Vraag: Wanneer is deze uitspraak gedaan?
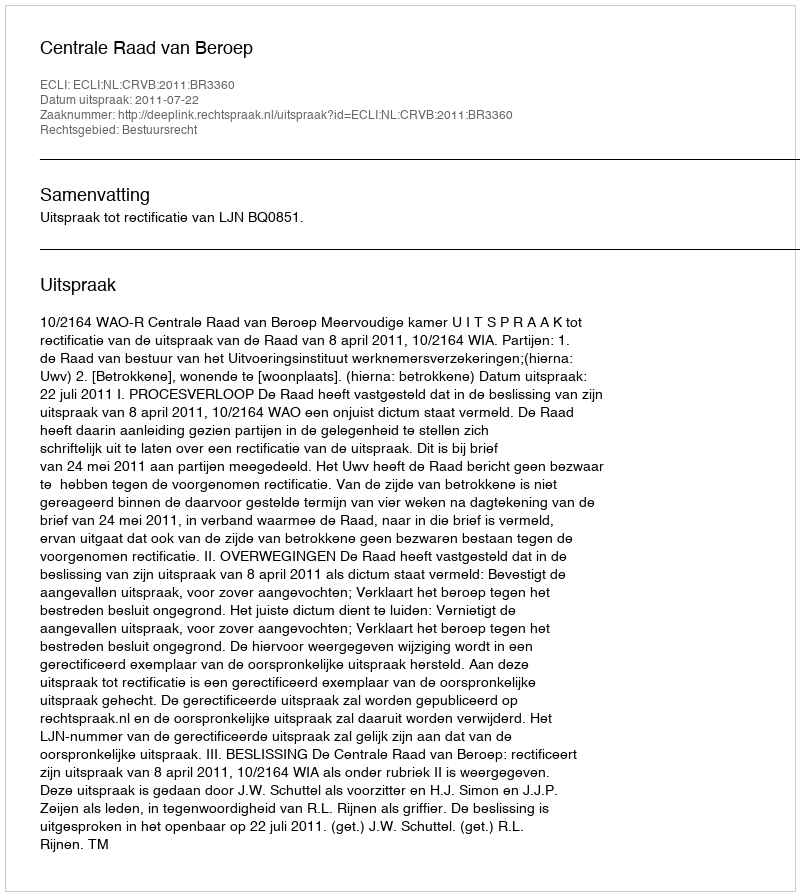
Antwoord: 2011-07-22